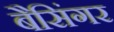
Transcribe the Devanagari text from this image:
बैसिंगर